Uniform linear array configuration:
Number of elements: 64
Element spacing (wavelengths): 0.25
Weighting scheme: cosine
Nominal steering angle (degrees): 30
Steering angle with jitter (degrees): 28.961
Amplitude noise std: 0.05
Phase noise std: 0.05

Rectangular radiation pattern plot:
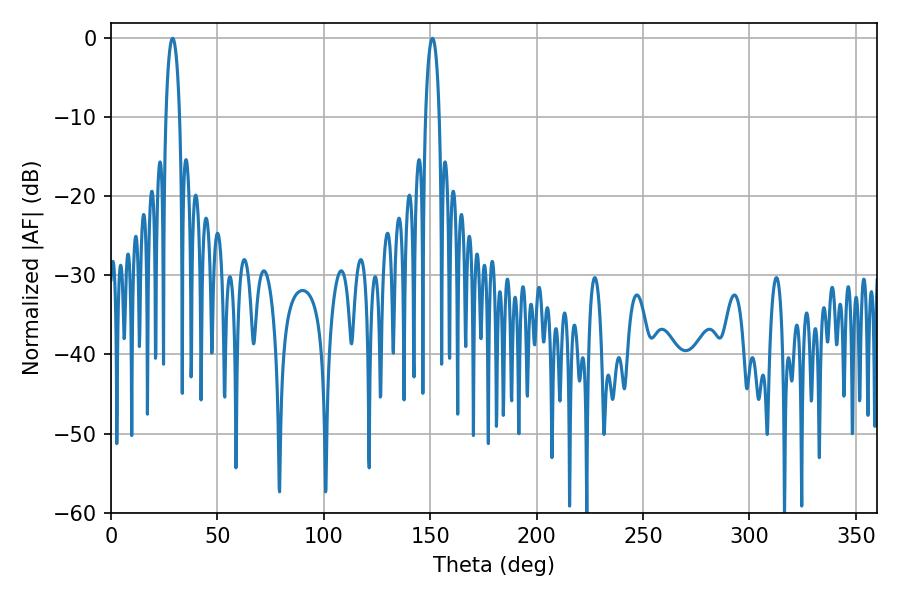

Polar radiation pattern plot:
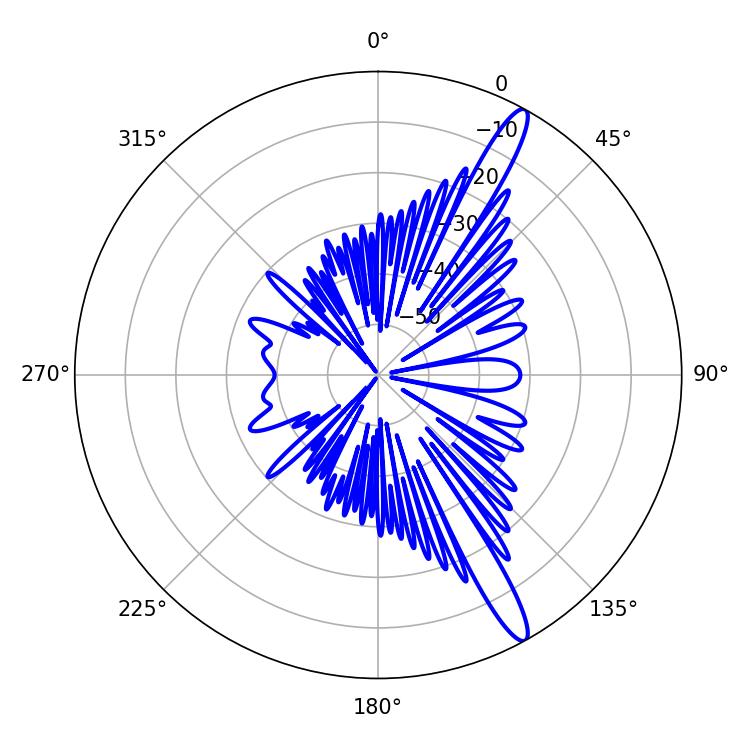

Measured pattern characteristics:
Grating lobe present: FALSE
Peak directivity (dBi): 14.58
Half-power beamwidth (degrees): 3.6
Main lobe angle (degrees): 28.98